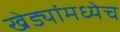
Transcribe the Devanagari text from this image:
खेड्यांमध्येच